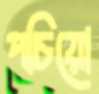
পচিয়ো